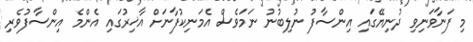
މި ފަނާވަނިވި ދުނިޔޭގައި އިންސާފު ނުލިބުނު ނަމަވެސް އެމަނިކުފާނަށް އާޚިރުގައި އެންމެ އިންސާފުވެރި